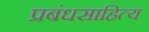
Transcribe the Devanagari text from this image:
प्रबंधसाहित्य